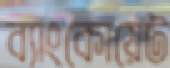
ব্যাংকোয়েট